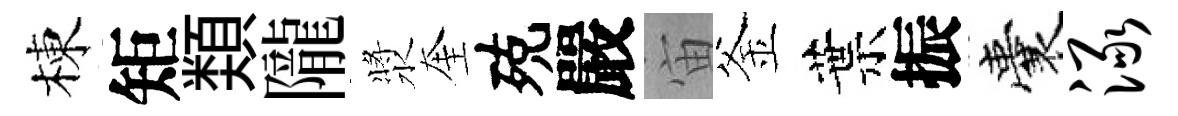
棟矩𩔖隴漿奎殑嚴宙釜葉振囊渌